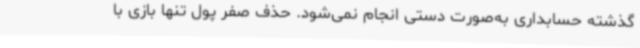
گذشته حسابداری به‌صورت دستی انجام نمی‌شود. حذف صفر پول تنها بازی با